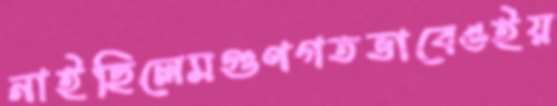
নাইছিলেমগুণগতভাবেওইয়